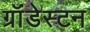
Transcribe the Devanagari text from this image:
ग्रॉंडेस्टन